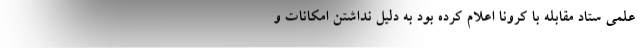
علمی ستاد مقابله با کرونا اعلام کرده بود به دلیل نداشتن امکانات و